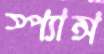
স্প্যান্স